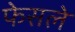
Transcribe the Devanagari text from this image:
फेसले